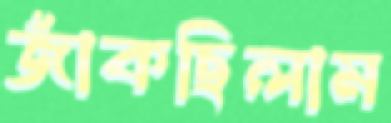
জাঁকছিলাম